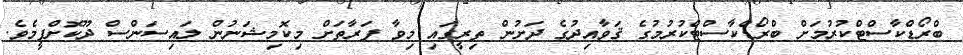
ބްރޯޑްކާސްޓްކުރުމަށް ބްރޯޑްކާސްޓްކުރުމުގެ ޤަވާއިދުގެ ދަށުން ތިރީގައި މިވާ ފަރާތަށް މިކޮމިޝަނުން ލައިސަންސް ދޫކޮށްފީމެވެ.